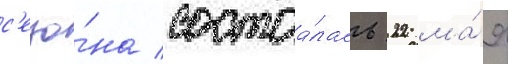
с'езо́на состоа́лась 22 ма́я